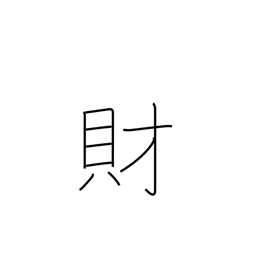
Meaning: wealth